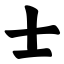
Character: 士